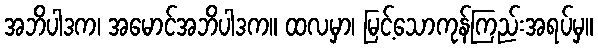
အဘိပါဒက၊ အမောင်အဘိပါဒက။ ထလမှာ၊ မြင့်သောကုန်ကြည်းအရပ်မှ။